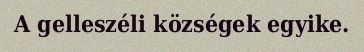
A gelleszéli községek egyike.